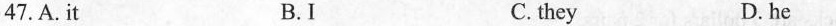
47.A.it B.I C.they D.he